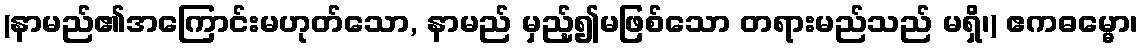
(နာမည်၏အကြောင်းမဟုတ်သော, နာမည် မှည့်၍မဖြစ်သော တရားမည်သည် မရှိ၊) ဧကဓမ္မော၊